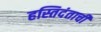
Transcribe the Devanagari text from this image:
हस्तिदंताची